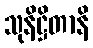
သုနိဋ္ဌိတာနိ